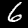
Digit: 6